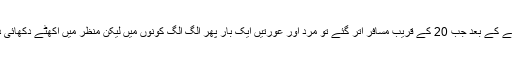
دو سٹاپ گزرنے کے بعد جب 20 کے قریب مسافر اتر گئے تو مرد اور عورتیں ایک بار پھر الگ الگ کونوں میں لیکن منظر میں اکھٹے دکھائی دے رہے تھے۔